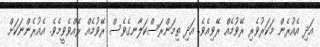
އަދި އެއުރެން މަކަރުވެރި ރޭވުމެއް ރޭވިއެވެ. އަދި ތިމަންރަސްކަލާނގެވެސް ރޭވުމެއް ރޭއްވެވީމެވެ. އެއުރެންނަކަށް